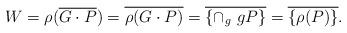
LaTeX: \begin{align*}W=\rho(\overline{G\cdot P})=\overline{\rho(G\cdot P)}=\overline{\{\cap_{g}\ gP\}}=\overline{\{ \rho (P)\}}.\end{align*}